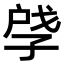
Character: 𪦽